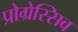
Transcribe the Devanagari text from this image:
प्रोग्रेस्सिव